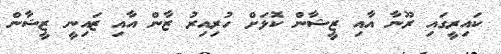
ކައިރީގައި ރޫނާ އާއި ޒީޝާން ކޮޅަށް ހުރިއިރު ޒާން އާއި ޒައިނީ ޒީޝާން